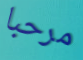
مرحبا